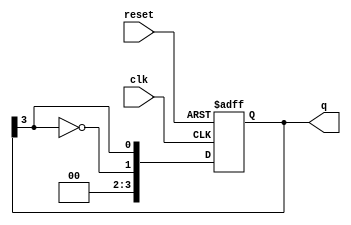
module johnson_counter #(
    parameter N = 4  // Number of flip-flops
)(
    input wire clk,        // Clock signal
    input wire reset,      // Asynchronous reset signal
    output reg [N-1:0] q   // Output state of the counter
);

    // Always block triggered on the rising edge of the clock or the reset signal
    always @(posedge clk or posedge reset) begin
        if (reset) begin
            // Asynchronous reset: set all flip-flops to 0
            q <= 0;
        end else begin
            // Johnson counter logic: shift right and feed inverted last output to first
            q <= {~q[N-1], q[N-1:N-1]}; // Shift and feedback inverted last flip-flop
        end
    end

endmodule